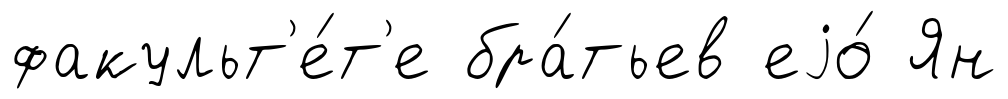
факульт'е́т'е бра́тьев еjо́ Ян